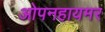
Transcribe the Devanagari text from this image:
ओपनहायमर